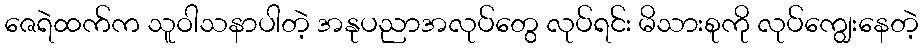
ဇေရဲထက်က သူဝါသနာပါတဲ့ အနုပညာအလုပ်တွေ လုပ်ရင်း မိသားစုကို လုပ်ကျွေးနေတဲ့